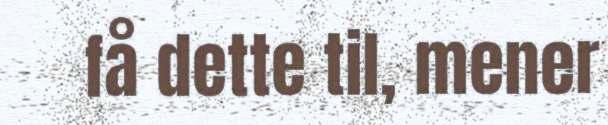
få dette til, mener